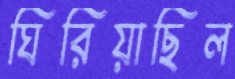
ঘিরিয়াছিল